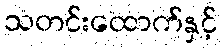
သတင်းထောက်နှင့်